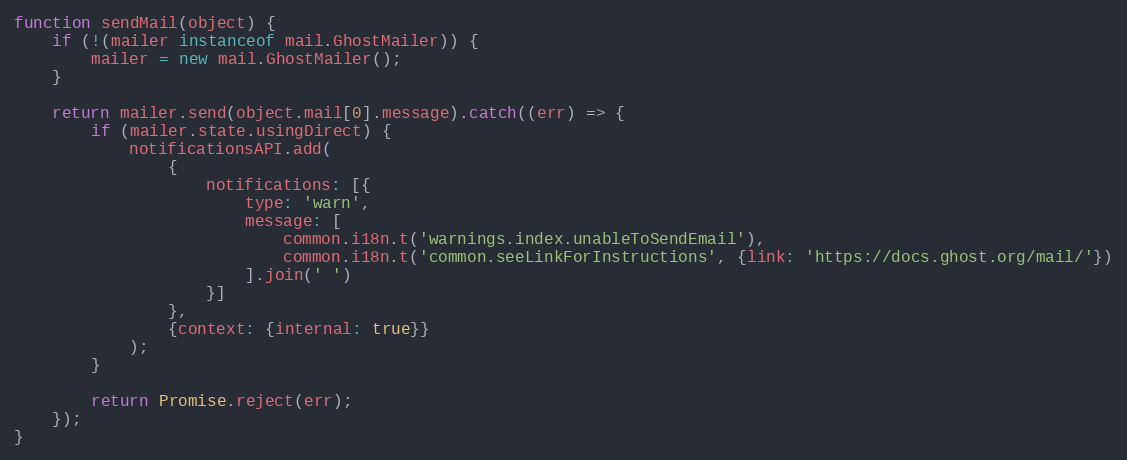
Language: JavaScript
function sendMail(object) {
    if (!(mailer instanceof mail.GhostMailer)) {
        mailer = new mail.GhostMailer();
    }

    return mailer.send(object.mail[0].message).catch((err) => {
        if (mailer.state.usingDirect) {
            notificationsAPI.add(
                {
                    notifications: [{
                        type: 'warn',
                        message: [
                            common.i18n.t('warnings.index.unableToSendEmail'),
                            common.i18n.t('common.seeLinkForInstructions', {link: 'https://docs.ghost.org/mail/'})
                        ].join(' ')
                    }]
                },
                {context: {internal: true}}
            );
        }

        return Promise.reject(err);
    });
}